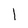
Character: I